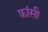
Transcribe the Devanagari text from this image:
फ़्रांसी